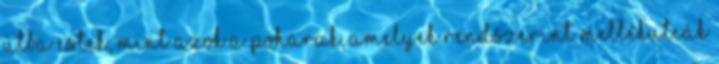
útba estek, mint azok a poharak, amelyek rendszerint mellékutcák